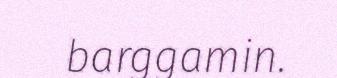
barggamin.